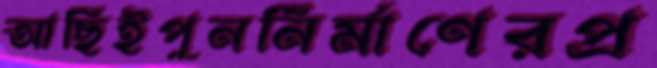
আছিইপুনর্নির্মাণেরপ্র